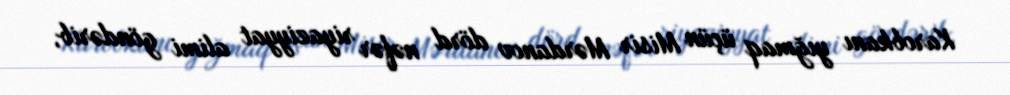
Karobkanı yığmaq üçün Misir Mərdanov dörd nəfər riyaziyyat alimi göndərib,